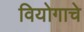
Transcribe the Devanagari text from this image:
वियोगाचे